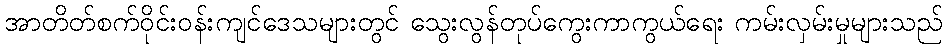
အာတိတ်စက်ဝိုင်းဝန်းကျင်ဒေသများတွင် သွေးလွန်တုပ်ကွေးကာကွယ်ရေး ကမ်းလှမ်းမှုများသည်